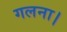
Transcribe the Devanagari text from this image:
गलना।